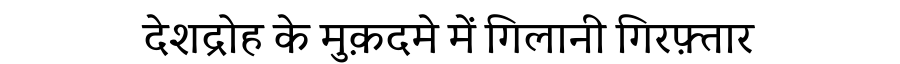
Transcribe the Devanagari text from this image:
देशद्रोह के मुक़दमे में गिलानी गिरफ़्तार